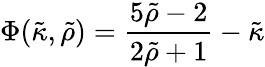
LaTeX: \Phi({\tilde{\kappa}},{\tilde{\rho}})={\frac{5{\tilde{\rho}}-2}{2{\tilde{\rho}}+1}}-{\tilde{\kappa}}